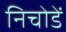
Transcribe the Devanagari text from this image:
निचोडें